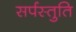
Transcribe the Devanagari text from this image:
सर्पस्तुति